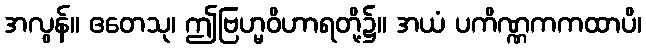
အလွန်။ ဧတေသု၊ ဤဗြဟ္မဝိဟာရတို့၌။ အယံ ပကိဏ္ဏကကထာပိ၊